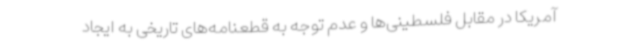
آمریکا در مقابل فلسطینی‌ها و عدم توجه به قطعنامه‌های تاریخی به ایجاد